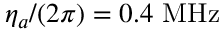
\eta _ { a } / ( 2 \pi ) = 0 . 4 ~ \mathrm { M H z }